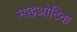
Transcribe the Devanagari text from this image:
माइओटिक